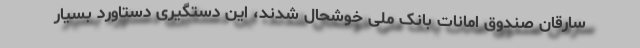
سارقان صندوق امانات بانک ملی خوشحال شدند، این دستگیری دستاورد بسیار